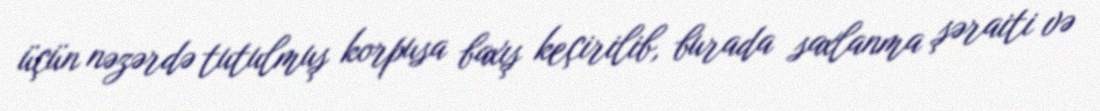
üçün nəzərdə tutulmuş korpusa baxış keçirilib, burada saxlanma şəraiti və